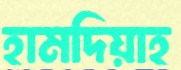
হামদিয়াহ